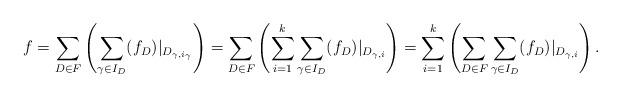
LaTeX: \begin{align*}f= \sum_{D\in F}\left( \sum_{\gamma \in I_D} (f_D)|_{D_{\gamma,i_{\gamma}}} \right) = \sum_{D \in F} \left( \sum_{i=1}^k \sum_{\gamma \in I_D} (f_D)|_{D_{\gamma,i}} \right)= \sum_{i=1}^k \left( \sum_{D\in F} \sum_{\gamma \in I_D} (f_D)|_{D_{\gamma,i}} \right).\end{align*}